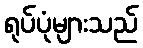
ရုပ်ပုံများသည်